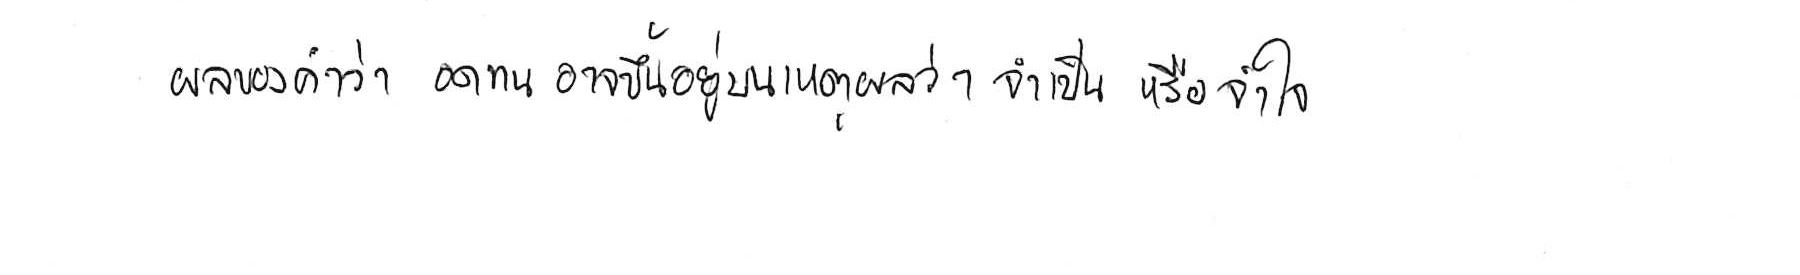
ผลของคำว่า อดทน อาจขึ้นอยู่บนเหตุผลว่า จำเป็น หรือ จำใจ